Report on sanitation, dispensaries, and jails in Rajputana for 1910, and on vaccination for the year 1910-1911 - 1910-1911
Year: 1910
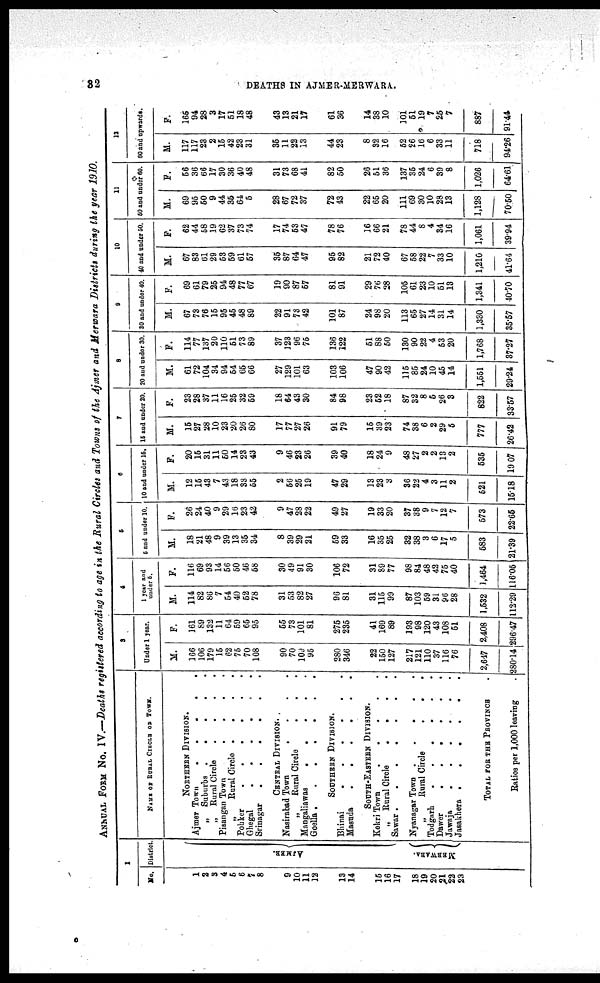
32
DEATHS IN AJMER-MERWARA.
ANNUAL FORM No. IV.—Deaths registered according to age in the Rural Circles and Towns of the Ajmer and Merwara Districts during the year 1910.
1
No.
1
2
3
4
5
6
7
8
9
10
11
12
13
14
15
16
17
18
19
20
21
22
23
District
AJMER.
MERWARA.
2
NAME OF RURAL CIRCLE OF TOWN.
NORTHERN DIVISION.
Ajmer Town
.
.
.
.
„ Suburbs .
.
.
.
„ Rural Circle
.
.
.
Pisangan Town
.
.
.
„
Rural Circle .
.
Pohker
Ghegal
Srinagar
CENTRAL DIVISION.
Nasirabad Town . . . .
„ Rural Circle
. . .
Mangaliawas
.
.
.
.
Goella
.......
SOUTHERN DIVISION.
Bhinai
Masuda
SOUTH-EASTERN DIVISION.
Kekri Town
„ Rural Circle
.
.
.
.
Sawar
Nyanagar Town .
.
.
.
.
„
Rural Circle
.
.
.
Todgarh
Dawer
.
.
.
.
.
.
Jawaja
.
.
.
.
.
.
Jasakhera
TOTAL FOR THE PROVINCE .
Ratios per 1,000 leaving .
3
Under 1 year.
M.
166
106
179
15
62
75
70
108
90
70
109
95
280
346
22
150
127
217
121
110
37
116
76
2,647
280.14
F.
161
89
132
11
64
59
65
95
55
73
101
81
275
235
41
169
89
193
98
120
43
108
51
2,408
296.47
4
1 year and
under 5.
M.
114
82
86
7
54
40
52
78
31
53
82
27
96
81
31
115
99
87
103
59
31
96
28
1,532
112.29
F.
116
69
93
14
56
50
46
58
30
49
91
30
106
72
31
89
77
98
84
48
42
75
40
1,464
116.05
5
5 and under 10.
M.
18
21
48
9
39
13
35
34
8
39
29
21
59
33
16
35
25
32
38
3
6
17
5
583
21.39
F.
26
24
40
9
29
16
23
42
9
47
28
22
49
27
19
33
20
37
38
9
7
12
7
573
22.65
6
10 and under 15
M.
12
15
43
7
43
18
33
55
2
56
25
19
47
29
13
23
3
36
22
4
3
11
2
521
15.18
F.
20
15
31
11
60
14
23
43
9
46
23
26
39
40
18
24
9
48
27
2
2
13
2
535
19.07
7
15 and under 20
M.
15
27
28
10
23
20
26
80
17
77
27
26
91
79
16
39
23
74
38
6
2
29
5
777
26.42
F.
23
28
37
11
16
25
32
59
18
64
43
30
84
98
23
62
18
87
32
8
5
26
3
822
33.57
8
20 and under 30
M.
61
72
104
34
94
54
65
66
27
129
101
63
103
106
47
90
42
115
85
24
10
45
14
1,551
29.24
F.
114
77
137
20
110
51
73
89
37
123
96
76
136
122
61
88
60
130
90
22
4
53
20
1,768
37.27
9
30 and under 40.
M.
67
73
76
15
95
45
48
89
22
91
73
42
101
87
24
98
20
113
65
27
14
31
14
1,330
35.57
F.
69
61
79
25
94
48
77
67
19
90
87
57
81
91
29
76
28
105
61
23
10
51
13
1,341
40.70
10
40 and under 50.
M.
67
83
61
29
53
59
61
57
35
87
64
47
95
82
21
72
40
67
58
22
7
33
10
1,210
41.64
F.
62
44
58
19
62
37
73
74
17
74
53
47
78
76
16
66
21
78
44
8
4
34
16
1,061
39.94
11
50 and under 60.
M.
69
95
50
9
44
35
64
5
28
67
72
37
72
43
22
65
20
111
69
30
10
28
13
1,128
70.50
F.
56
36
66
17
30
36
40
48
31
73
68
41
82
50
26
51
36
137
35
24
6
39
8
1,026
64.61
12
60 and upwards.
M.
117
117
23
2
15
42
23
31
35
11
22
13
44
23
8
32
16
52
26
16
6
33
11
718
94.26
F.
165
94
28
3
17
51
18
48
43
13
21
17
61
36
14
38
10
101
51
19
7
25
7
887
91.44